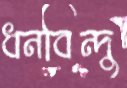
ধনবিন্দু